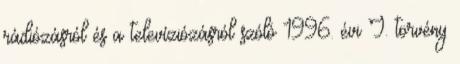
rádiózásról és a televíziózásról szóló 1996. évi I. törvény